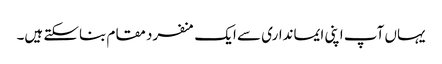
یہاں آپ اپنی ایمانداری سے ایک منفرد مقام بناسکتے ہیں۔